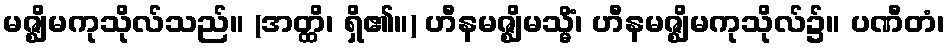
မဇ္ဈိမကုသိုလ်သည်။ (အတ္ထိ၊ ရှိ၏။) ဟီနမဇ္ဈိမသ္မိံ၊ ဟီနမဇ္ဈိမကုသိုလ်၌။ ပဏီတံ၊